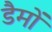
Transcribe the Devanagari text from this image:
डैमों